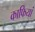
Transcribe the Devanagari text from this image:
काफियां